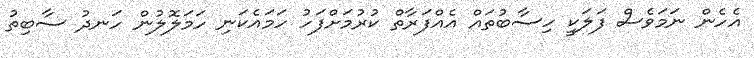
އެހެން ނަމަވެސް ފަލަކީ ހިސާބުތައް އެއްފަރާތް ކުރުމަށްފަހު ހަމައެކަނި ހަމަލޮލުން ހަނދު ސާބިތު